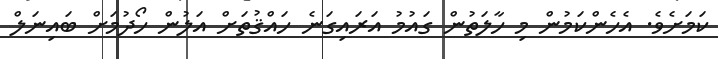
ކަމަށެވެ. އެެހެންކަމުން މި ހާލަތުން ގައުމު އަރައިގަނެ ހައްޤުތަށް އަލުން ހޯދުމަށް ބައިނަލް